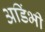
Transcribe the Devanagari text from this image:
अडिंभी